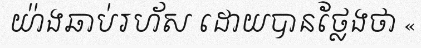
យ៉ាងឆាប់រហ័ស ដោយបានថ្លែងថា «